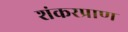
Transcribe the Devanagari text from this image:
शंकरप्राण